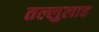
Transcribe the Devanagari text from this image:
तल्लुलाह